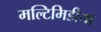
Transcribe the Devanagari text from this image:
मल्टिमिडीया